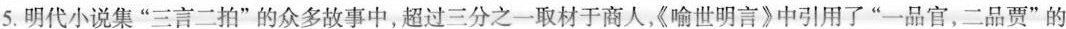
5.明代小说集”三言二拍”的众多故事中，超过三分之一取材于商人，《喻世明言》中引用了”一品官，二品贾”的